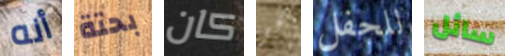
أنه بحتة كان في للحفل سائل